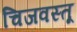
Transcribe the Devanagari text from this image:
चिजवस्तू